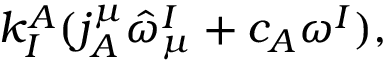
k _ { I } ^ { A } ( j _ { A } ^ { \mu } \hat { \omega } _ { \mu } ^ { I } + c _ { A } \omega ^ { I } ) ,